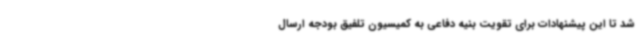
شد تا این پیشنهادات برای تقویت بنیه دفاعی به کمیسیون تلفیق بودجه ارسال